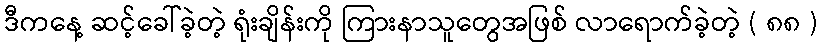
ဒီကနေ့ ဆင့်ခေါ်ခဲ့တဲ့ ရုံးချိန်းကို ကြားနာသူတွေအဖြစ် လာရောက်ခဲ့တဲ့ ( ၈၈ )